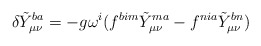
\begin{align*}\delta \tilde{Y}_{\mu\nu}^{ba}=-g\omega ^i(f^{bim}\tilde{Y}_{\mu\nu}^{ma}-f^{nia}\tilde{Y}_{\mu\nu}^{bn})\end{align*}